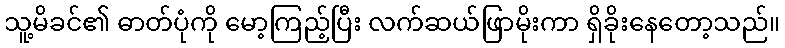
သူ့မိခင်၏ ဓာတ်ပုံကို မော့ကြည့်ပြီး လက်ဆယ်ဖြာမိုးကာ ရှိခိုးနေတော့သည်။